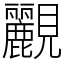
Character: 䚕